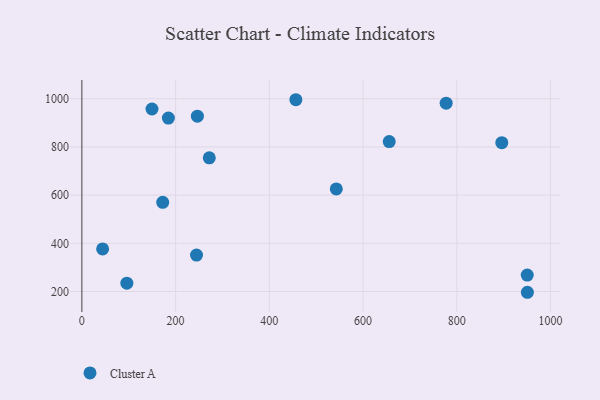
{"axis": {"x": "Experience", "y": "Fuel Efficiency"}, "legend": ["Cluster A"], "data": [{"x": "456.6", "y": 996.2, "type": "Cluster A"}, {"x": "777.3", "y": 981.8, "type": "Cluster A"}, {"x": "149.6", "y": 957.6, "type": "Cluster A"}, {"x": "950.6", "y": 196.9, "type": "Cluster A"}, {"x": "950.3", "y": 268.2, "type": "Cluster A"}, {"x": "271.9", "y": 754.9, "type": "Cluster A"}, {"x": "246.5", "y": 928.0, "type": "Cluster A"}, {"x": "896.0", "y": 818.1, "type": "Cluster A"}, {"x": "44.3", "y": 376.8, "type": "Cluster A"}, {"x": "244.6", "y": 351.5, "type": "Cluster A"}, {"x": "655.8", "y": 822.6, "type": "Cluster A"}, {"x": "172.5", "y": 570.3, "type": "Cluster A"}, {"x": "96.0", "y": 234.7, "type": "Cluster A"}, {"x": "542.9", "y": 625.9, "type": "Cluster A"}, {"x": "184.6", "y": 920.2, "type": "Cluster A"}]}